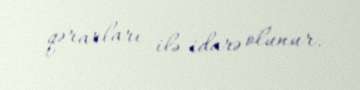
qərarları ilə idarə olunur.